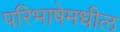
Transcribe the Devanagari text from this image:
परिभाषेमधील